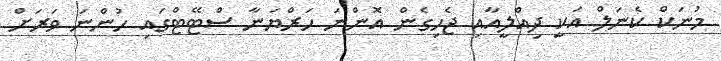
މުނަކް ކެނަލް އަކީ ދިއްލީއާއި ޖެހިގެން އޮންނަ ހަރްޔަނާ ސްޓޭޓްގައި ހުންނަ ވަރަށް